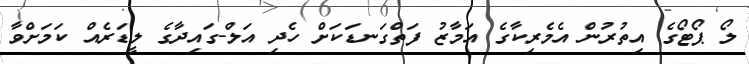
ލޯ ޕޯޓޯގެ އިތުރުން އެމެރިކާގެ އަމާޒު ފަތްގަނޑަކަށް ހެދި އަލް-ގައިދާގެ ލީޑަރެއް ކަމަށްވާ